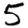
Digit: 5